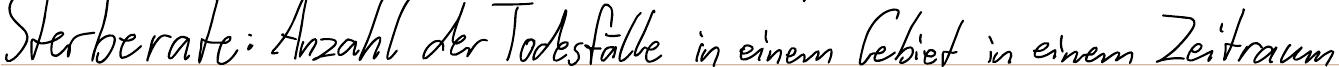
Sterberate: Anzahl der Todesfälle in einem Gebiet in einem Zeitraum